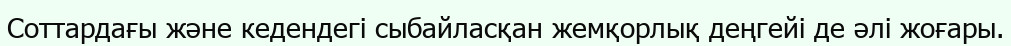
Соттардағы және кедендегі сыбайласқан жемқорлық деңгейі де әлі жоғары.